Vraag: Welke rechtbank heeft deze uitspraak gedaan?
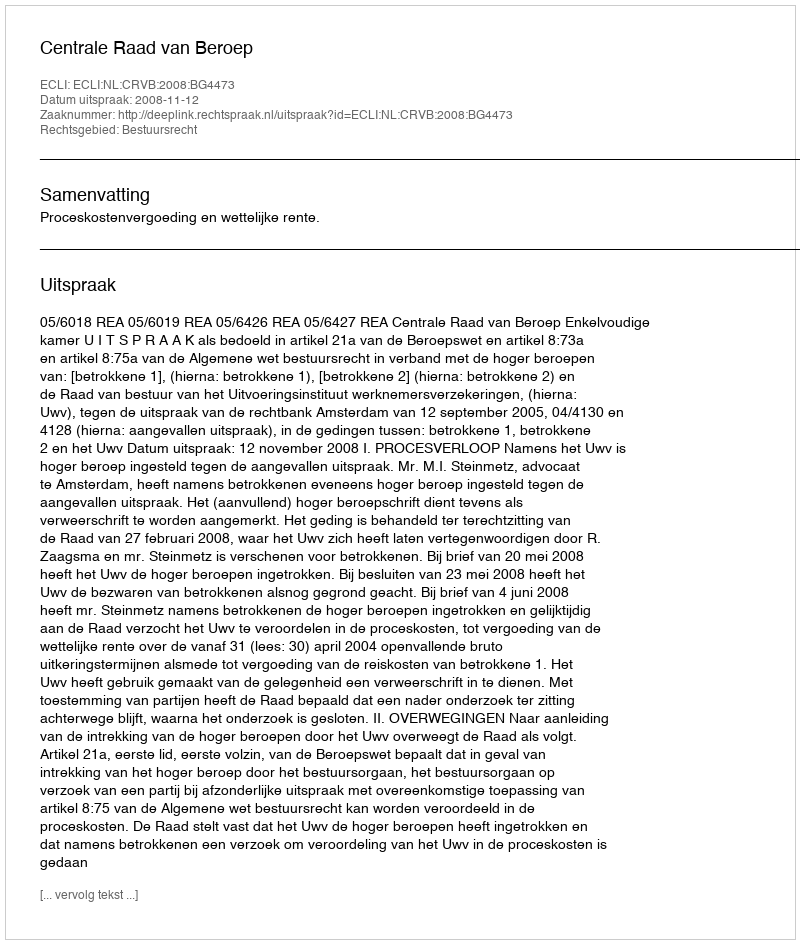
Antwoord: Centrale Raad van Beroep